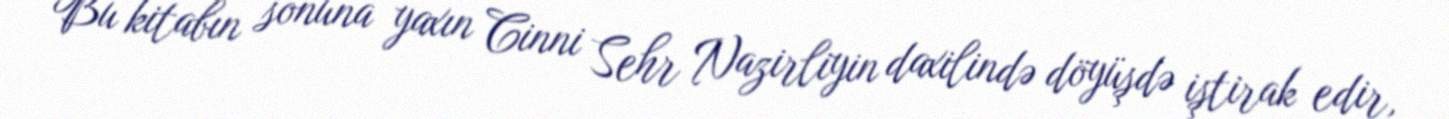
Bu kitabın sonuna yaxın Cinni Sehr Nazirliyin daxilində döyüşdə iştirak edir,